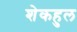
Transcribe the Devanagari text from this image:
शेकहुल